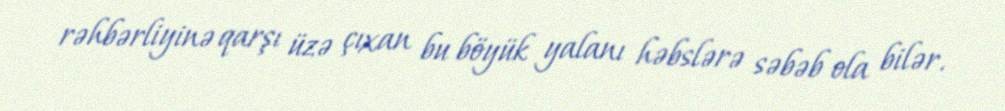
rəhbərliyinə qarşı üzə çıxan bu böyük yalanı həbslərə səbəb ola bilər.